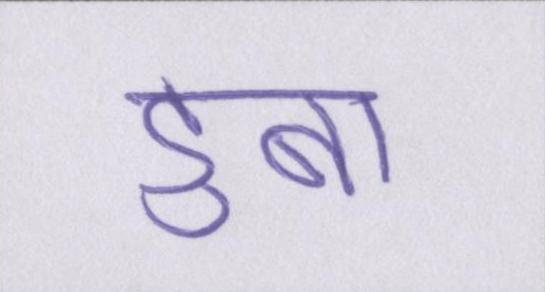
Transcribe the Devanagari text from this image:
डुबा